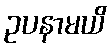
ဥပနာမယိ